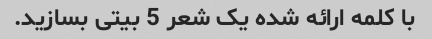
با کلمه ارائه شده یک شعر 5 بیتی بسازید.